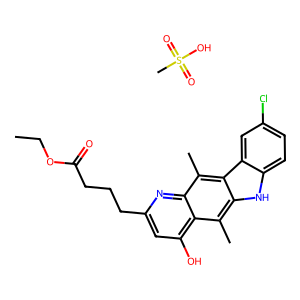
SMILES: CCOC(=O)CCCc1cc(O)c2c(C)c3[nH]c4ccc(Cl)cc4c3c(C)c2n1.CS(=O)(=O)O
Inhibits HIV replication: No